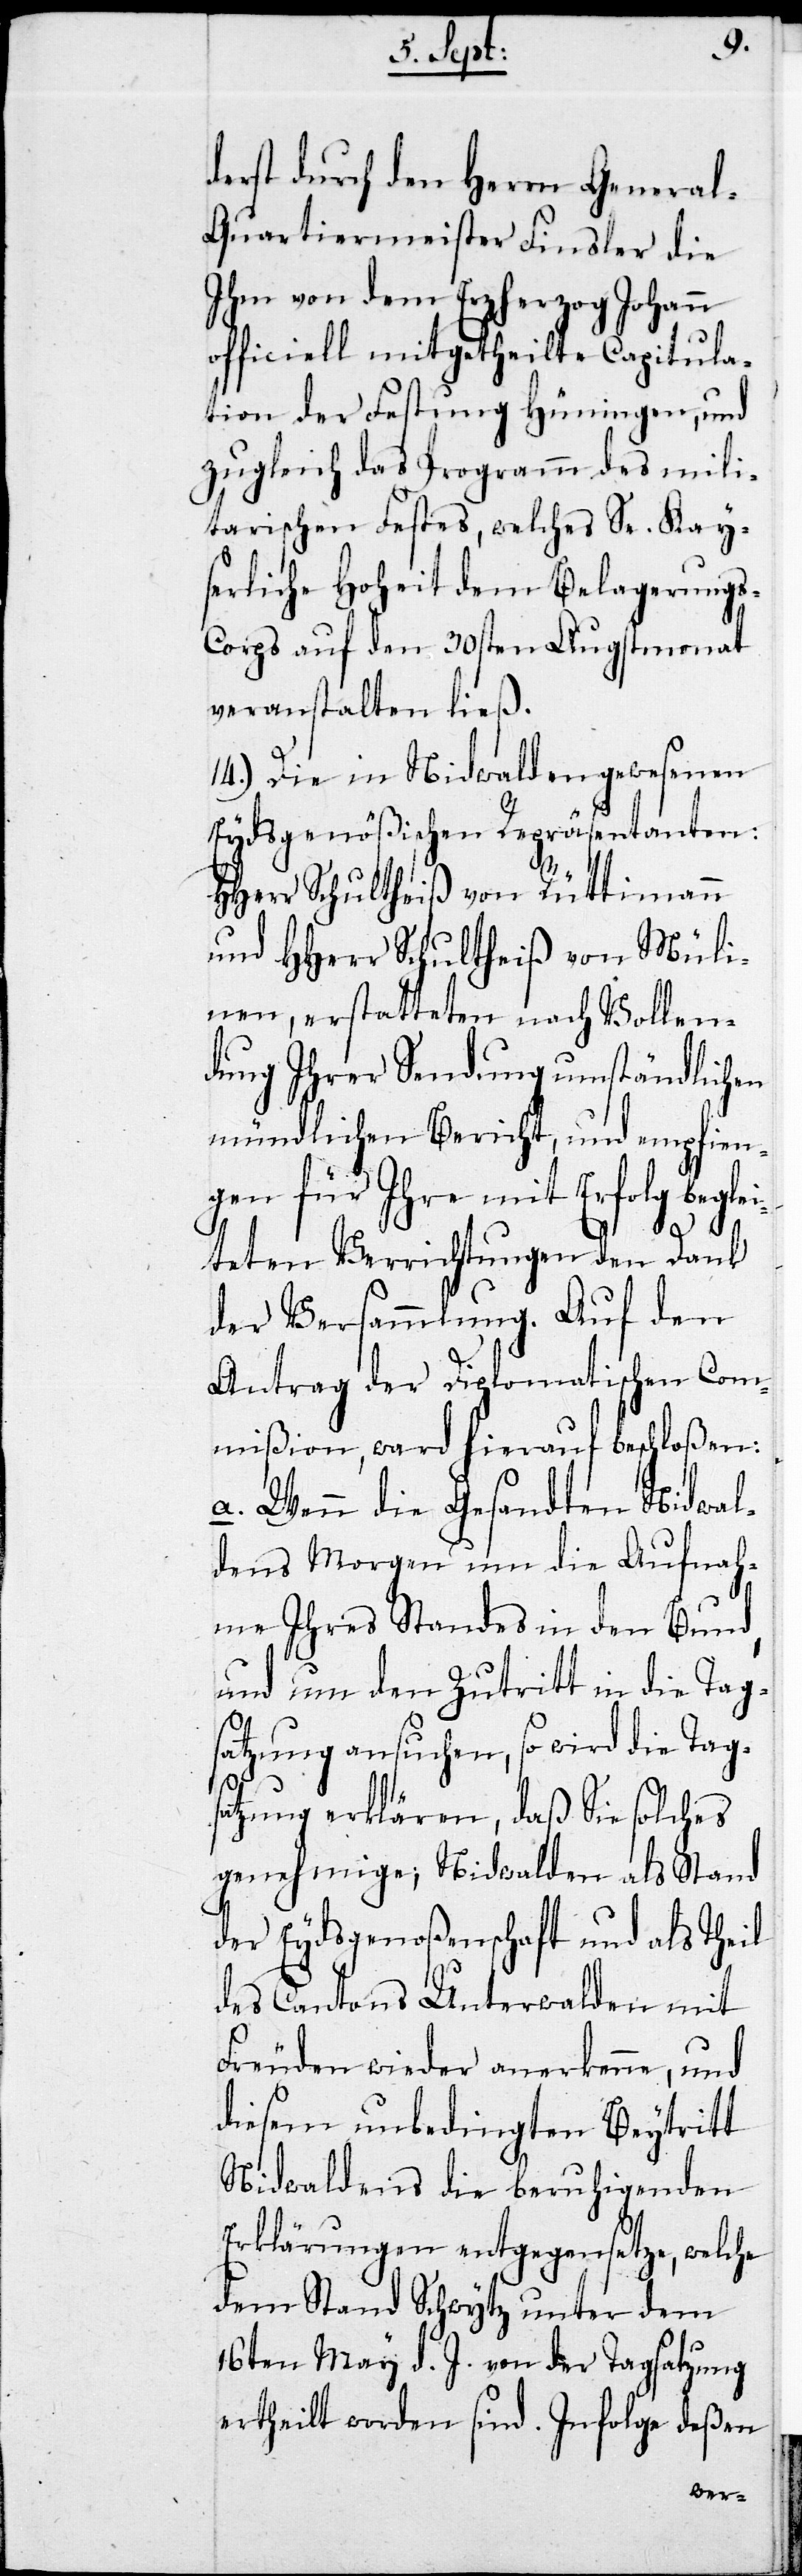
derst durch den Herrn Genera¬
l-Quartiermeister Finsler die
Ihm von dem Erzherzog Johann
officiell mitgetheilte Capitula¬
tion der Festung Hüningen, und
zugleich das Programm des mili¬
tarischen Festes, welches Se. Kay¬
serliche Hoheit dem Belagerungs-C¬
orps auf den 30sten Augstmonat
veranstalten ließ.
14.) Die in Nidwalden gewesenen
Eydsgenößischen Repräsentanten:
HHerr Schultheiß von Rüttimann
und HHerr Schultheiß von Müli¬
nen, erstatteten nach Vollen¬
dung Ihrer Sendung umständlichen
mündlichen Bericht, und empfien¬
gen für Ihre mit Erfolg beglei¬
teten Verrichtungen den Dank
der Versammlung. Auf den
Antrag der Diplomatischen Com¬
mißion, ward hierauf beschloßen:
a. Wenn die Gesandten Nidwal¬
dens Morgen um die Aufnah¬
me Ihres Standes in den Bund,
und um den Zutritt in die Tags¬
atzung ansuchen, so wird die Tags¬
atzung erklären, daß Sie solches
genehmige; Nidwalden als Stand
der Eydsgenoßenschaft und als Theil
des Cantons Unterwalden mit
Freuden wieder anerkenne, und
diesem unbedingten Beytritt
Nidwaldens die beruhigenden
Erklärungen entgegensetze, welche
dem Stand Schwytz unterm dem
16ten May d. J. von der Tagsatzung
ertheilt worden sind. Infolge deßen